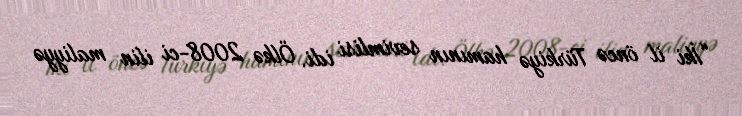
“İki il öncə Türkiyə hamının sevimlisi idi. Ölkə 2008-ci ilin maliyyə